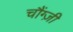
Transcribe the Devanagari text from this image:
चौंग्ज़ी